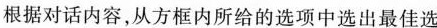
根据对话内容,从方框内所给的选项中选出最佳选